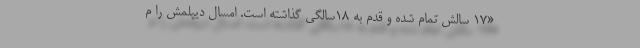
«۱۷ سالش تمام شده و قدم به ۱۸سالگی گذاشته‌ است. امسال دیپلمش را م